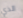
الذي